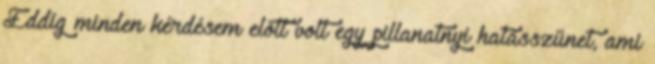
Eddig minden kérdésem előtt volt egy pillanatnyi hatásszünet, ami